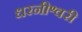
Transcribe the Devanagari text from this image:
धरनीश्वरी